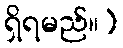
ရှိရမည်။)